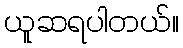
ယူဆရပါတယ်။